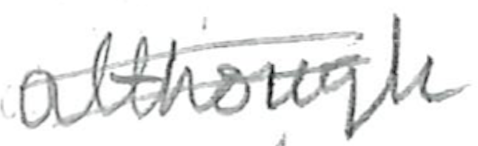
Text: although
Cross-out: double-line
Writing tool: pencil